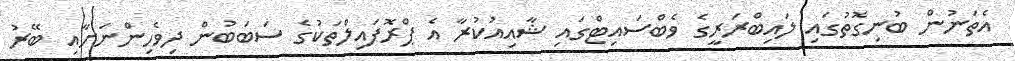
އެތަނުން ބުނިގޮތުގައި ލައިބްރަރީގެ ވެބްސައިޓްގައި ޝާއިއުކުރާ އެ ޕްރޮފައިލްތަކުގެ ސަބަބުން ދިވެހިންނަށާއި ބޭރު